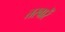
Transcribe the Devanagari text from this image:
तस्‍वारें